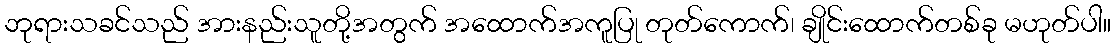
ဘုရားသခင်သည် အားနည်းသူတို့အတွက် အထောက်အကူပြု တုတ်ကောက်၊ ချိုင်းထောက်တစ်ခု မဟုတ်ပါ။